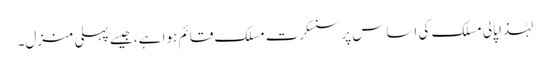
لہٰذا پالی مسلک کی اساس پر سنسکرت مسلک قائم ہوا ہے، جیسے پہلی منزل۔